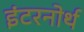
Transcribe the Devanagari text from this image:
इंटरनोर्थ